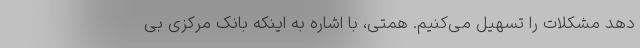
دهد مشکلات را تسهیل می‌کنیم. همتی، با اشاره به اینکه بانک مرکزی بی